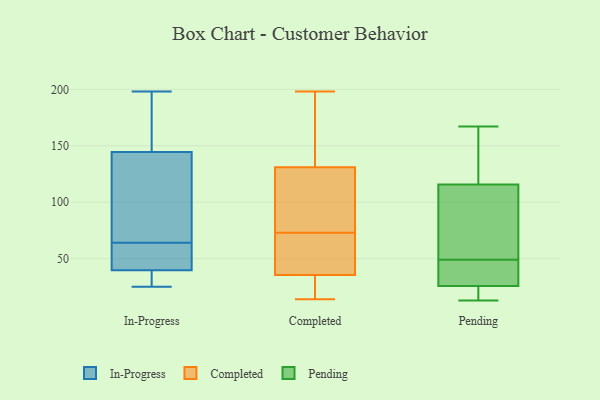
{"axis": {"x": "Headcount", "y": "Value"}, "legend": ["Completed", "In-Progress", "Pending"], "data": [{"x": "", "y": 198, "type": "In-Progress"}, {"x": "", "y": 195, "type": "In-Progress"}, {"x": "", "y": 25, "type": "In-Progress"}, {"x": "", "y": 44, "type": "In-Progress"}, {"x": "", "y": 129, "type": "In-Progress"}, {"x": "", "y": 25, "type": "In-Progress"}, {"x": "", "y": 64, "type": "In-Progress"}, {"x": "", "y": 80, "type": "In-Progress"}, {"x": "", "y": 173, "type": "In-Progress"}, {"x": "", "y": 59, "type": "In-Progress"}, {"x": "", "y": 135, "type": "In-Progress"}, {"x": "", "y": 57, "type": "In-Progress"}, {"x": "", "y": 27, "type": "In-Progress"}, {"x": "", "y": 165, "type": "Completed"}, {"x": "", "y": 78, "type": "Completed"}, {"x": "", "y": 143, "type": "Completed"}, {"x": "", "y": 30, "type": "Completed"}, {"x": "", "y": 14, "type": "Completed"}, {"x": "", "y": 20, "type": "Completed"}, {"x": "", "y": 68, "type": "Completed"}, {"x": "", "y": 41, "type": "Completed"}, {"x": "", "y": 119, "type": "Completed"}, {"x": "", "y": 188, "type": "Completed"}, {"x": "", "y": 64, "type": "Completed"}, {"x": "", "y": 43, "type": "Completed"}, {"x": "", "y": 78, "type": "Completed"}, {"x": "", "y": 198, "type": "Completed"}, {"x": "", "y": 83, "type": "Completed"}, {"x": "", "y": 21, "type": "Completed"}, {"x": "", "y": 105, "type": "Pending"}, {"x": "", "y": 167, "type": "Pending"}, {"x": "", "y": 118, "type": "Pending"}, {"x": "", "y": 135, "type": "Pending"}, {"x": "", "y": 57, "type": "Pending"}, {"x": "", "y": 109, "type": "Pending"}, {"x": "", "y": 42, "type": "Pending"}, {"x": "", "y": 167, "type": "Pending"}, {"x": "", "y": 18, "type": "Pending"}, {"x": "", "y": 13, "type": "Pending"}, {"x": "", "y": 24, "type": "Pending"}, {"x": "", "y": 49, "type": "Pending"}, {"x": "", "y": 139, "type": "Pending"}, {"x": "", "y": 49, "type": "Pending"}, {"x": "", "y": 38, "type": "Pending"}, {"x": "", "y": 101, "type": "Pending"}, {"x": "", "y": 16, "type": "Pending"}, {"x": "", "y": 31, "type": "Pending"}, {"x": "", "y": 19, "type": "Pending"}]}